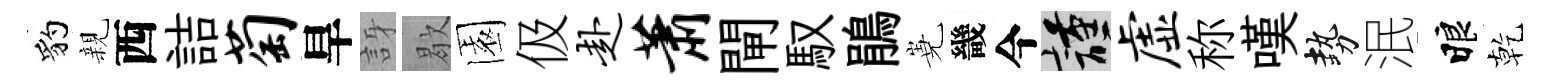
豹親西詰萄旱訝歇園伋赴萧閘馭鵑嶤畿今謹虚称嘆勢泯睱乾